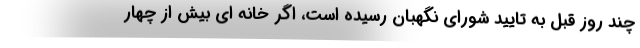
چند روز قبل به تایید شورای نگهبان رسیده است، اگر خانه ای بیش از چهار